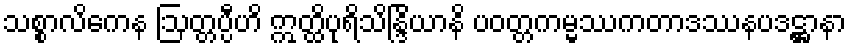
သစ္စာလိကေန ဩတ္တပ္ပီဟိ ဣတ္ထိပုရိသိန္ဒြိယာနိ ပဝတ္တကမ္မဿကတာဒဿနပဒဋ္ဌာနာ